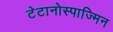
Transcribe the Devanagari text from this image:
टेटानोस्पाज्मिन